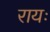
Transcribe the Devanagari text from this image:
रायः